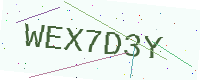
Text: WEX7D3Y